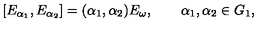
[ E _ { \alpha _ { 1 } } , E _ { \alpha _ { 2 } } ] = ( \alpha _ { 1 } , \alpha _ { 2 } ) E _ { \omega } , \qquad \alpha _ { 1 } , \alpha _ { 2 } \in G _ { 1 } ,